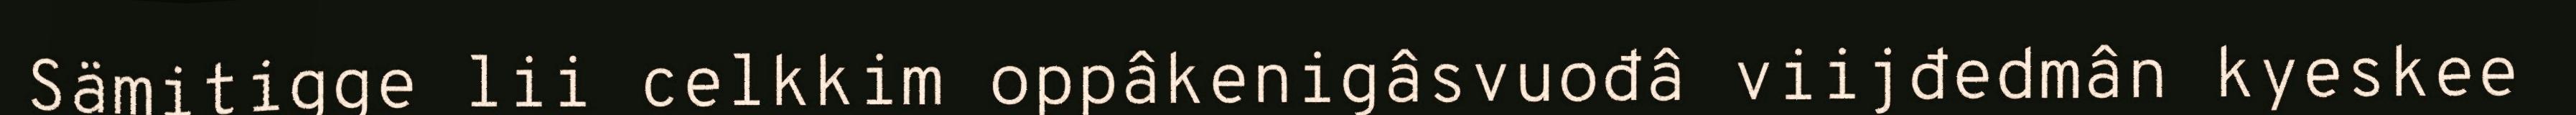
Sämitigge lii celkkim oppâkenigâsvuođâ viijđedmân kyeskee